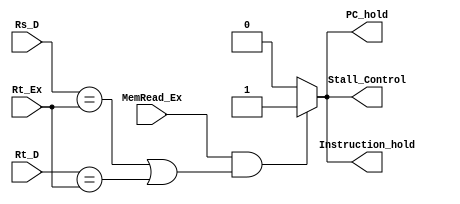
module HazardDetection_Unit ( Rs_D , Rt_D , Rt_Ex , MemRead_Ex , PC_hold , Instruction_hold , Stall_Control);

input [4:0] Rs_D , Rt_D , Rt_Ex ;
input MemRead_Ex ;

output reg PC_hold, Instruction_hold , Stall_Control;


always @ (Rs_D or Rt_D or Rt_Ex or MemRead_Ex)
begin

if( MemRead_Ex && (Rs_D == Rt_Ex || Rt_D == Rt_Ex))
begin
PC_hold <= 1;
Instruction_hold <= 1;
Stall_Control <= 1;

end

else
begin
PC_hold <= 0;
Instruction_hold <= 0;
Stall_Control <= 0;
end

end

endmodule